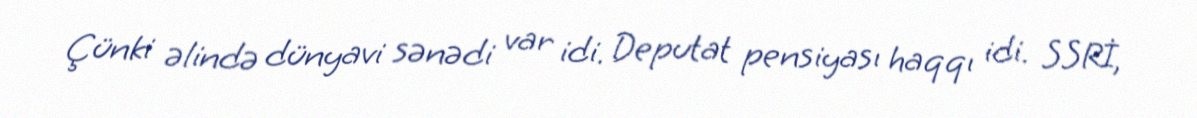
Çünki əlində dünyavi sənədi var idi. Deputat pensiyası haqqı idi. SSRİ,